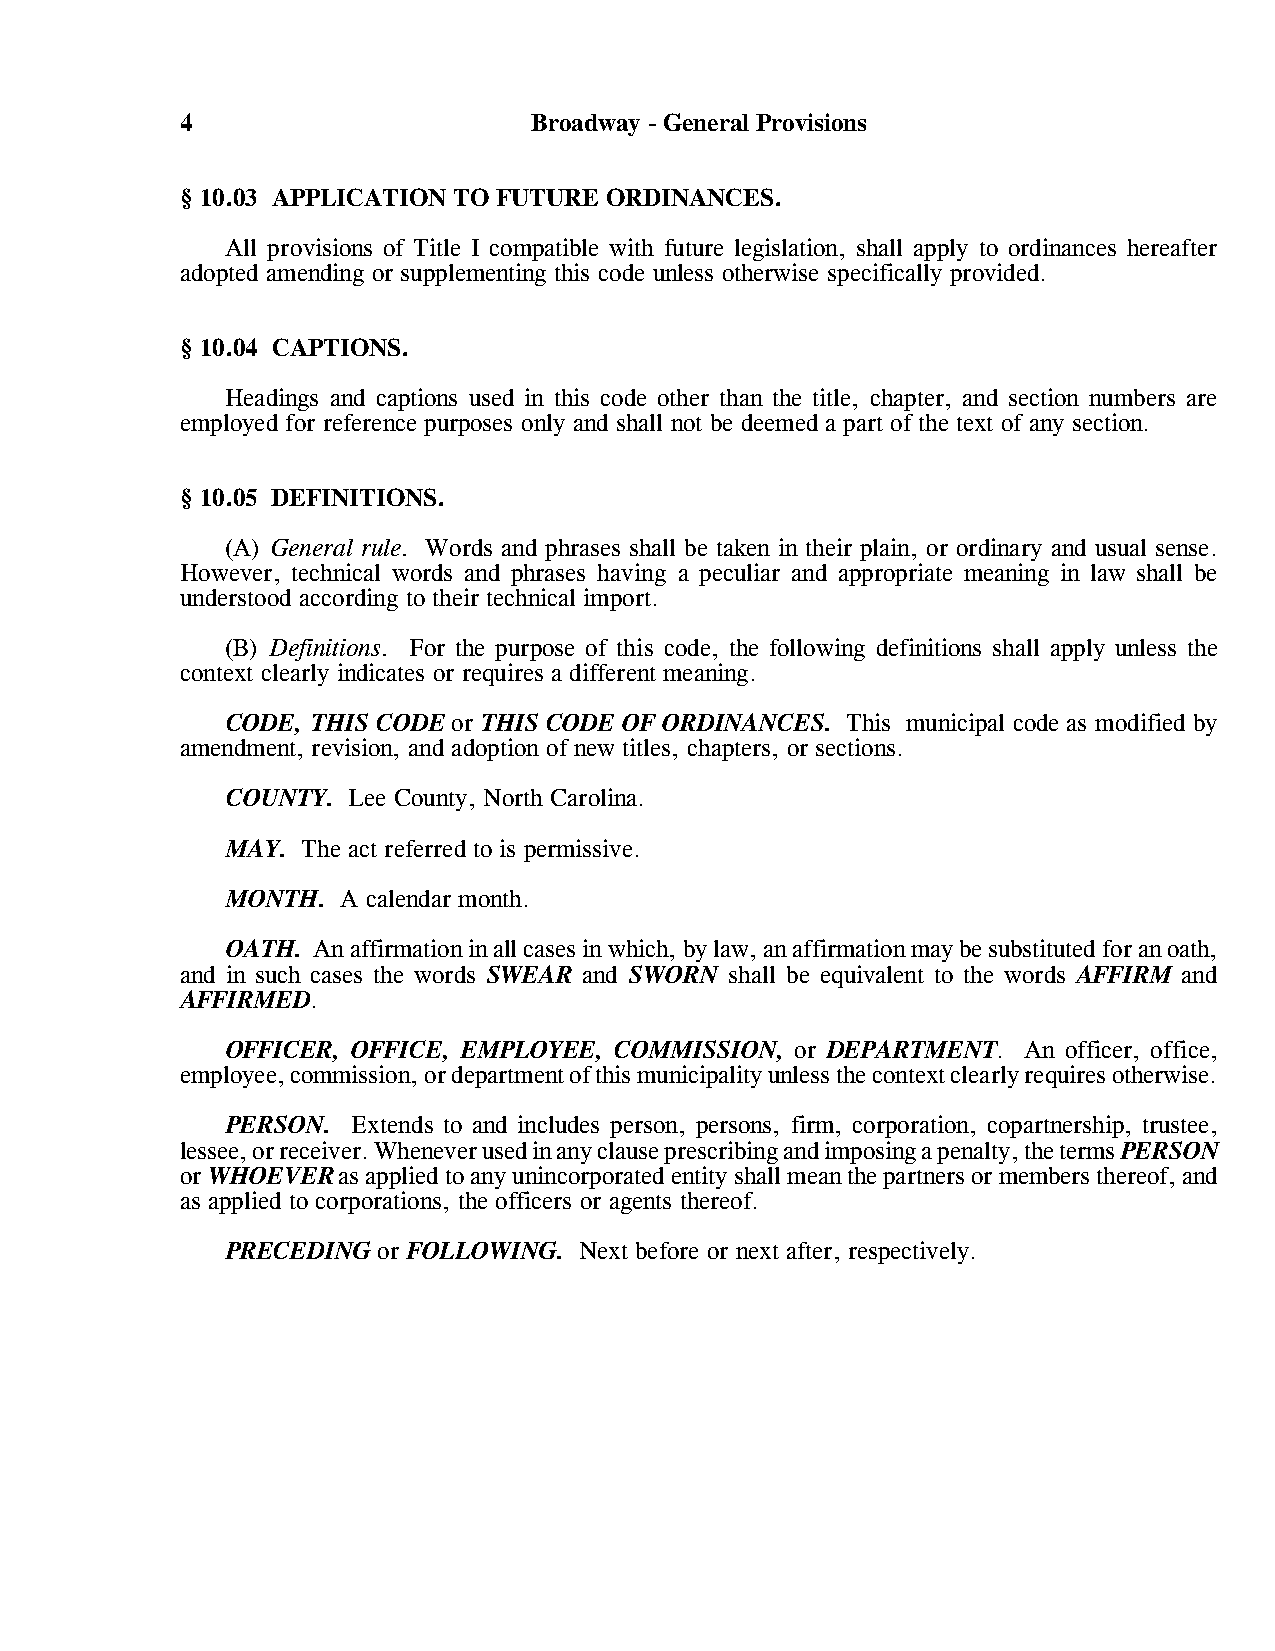
4                      Broadway - General Provisions
 § 10.03 APPLICATION TO FUTURE ORDINANCES.
 All provisions of Title I compatible with future legislation, shall apply to ordinances hereafter
 adopted amending or supplementing this code unless otherwise specifically provided.
 § 10.04 CAPTIONS.
 Headings and captions used in this code other than the title, chapter, and section numbers are
 employed for reference purposes only and shall not be deemed a part of the text of any section.
 § 10.05 DEFINITIONS.
 (A) General rule. Words and phrases shall be taken in their plain, or ordinary and usual sense.
 However, technical words and phrases having a peculiar and appropriate meaning in law shall be
 understood according to their technical import.
 (B) Definitions. For the purpose of this code, the following definitions shall apply unless the
 context clearly indicates or requires a different meaning.
 CODE, THIS CODE or THIS CODE OF ORDINANCES. This municipal code as modified by
 amendment, revision, and adoption of new titles, chapters, or sections.
 COUNTY. Lee County, North Carolina.
 MAY. The act referred to is permissive.
 MONTH.  A calendar month.
 OATH. An affirmation in all cases in which, by law, an affirmation may be substituted for an oath,
 and in such cases the words SWEAR and SWORN shall be equivalent to the words AFFIRM and
 AFFIRMED.
 OFFICER, OFFICE, EMPLOYEE, COMMISSION, or DEPARTMENT. An officer, office,
 employee, commission, or department of this municipality unless the context clearly requires otherwise.
 PERSON. Extends to and includes person, persons, firm, corporation, copartnership, trustee,
 lessee, or receiver. Whenever used in any clause prescribing and imposing a penalty, the terms PERSON
 or WHOEVER as applied to any unincorporated entity shall mean the partners or members thereof, and
 as applied to corporations, the officers or agents thereof.
 PRECEDING or FOLLOWING. Next before or next after, respectively.